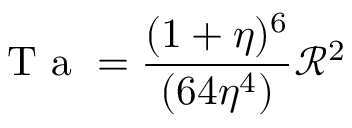
\mathrm { ~ T ~ a ~ } = \frac { ( 1 + \eta ) ^ { 6 } } { ( 6 4 \eta ^ { 4 } ) } \mathcal { R } ^ { 2 }